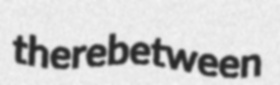
therebetween